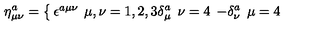
\eta _ { \mu \nu } ^ { a } = \left\{ \begin{matrix} { \epsilon ^ { a \mu \nu } \: } & { } & { \mu , \nu = 1 , 2 , 3 } \\ { \delta _ { \mu } ^ { a } \: } & { } & { \: \nu = 4 \: \: } \\ { - \delta _ { \nu } ^ { a } \: } & { } & { \: \mu = 4 \: \: } \\ \end{matrix} \right.